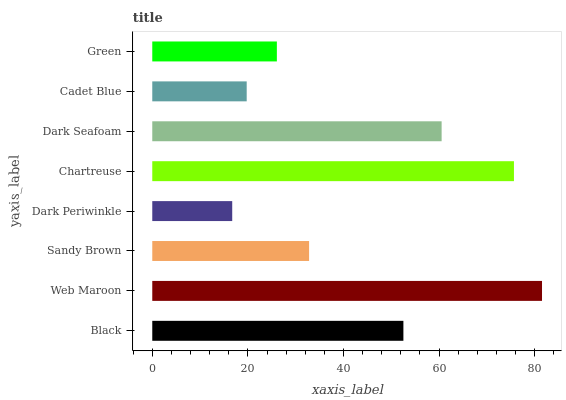
| yaxis_label | bars |
 | --- | --- |
 | Black | 52.5 |
 | Web Maroon | 81.5 |
 | Sandy Brown | 32.8 |
 | Dark Periwinkle | 16.7 |
 | Chartreuse | 75.7 |
 | Dark Seafoam | 60.5 |
 | Cadet Blue | 19.8 |
 | Green | 26.1 |